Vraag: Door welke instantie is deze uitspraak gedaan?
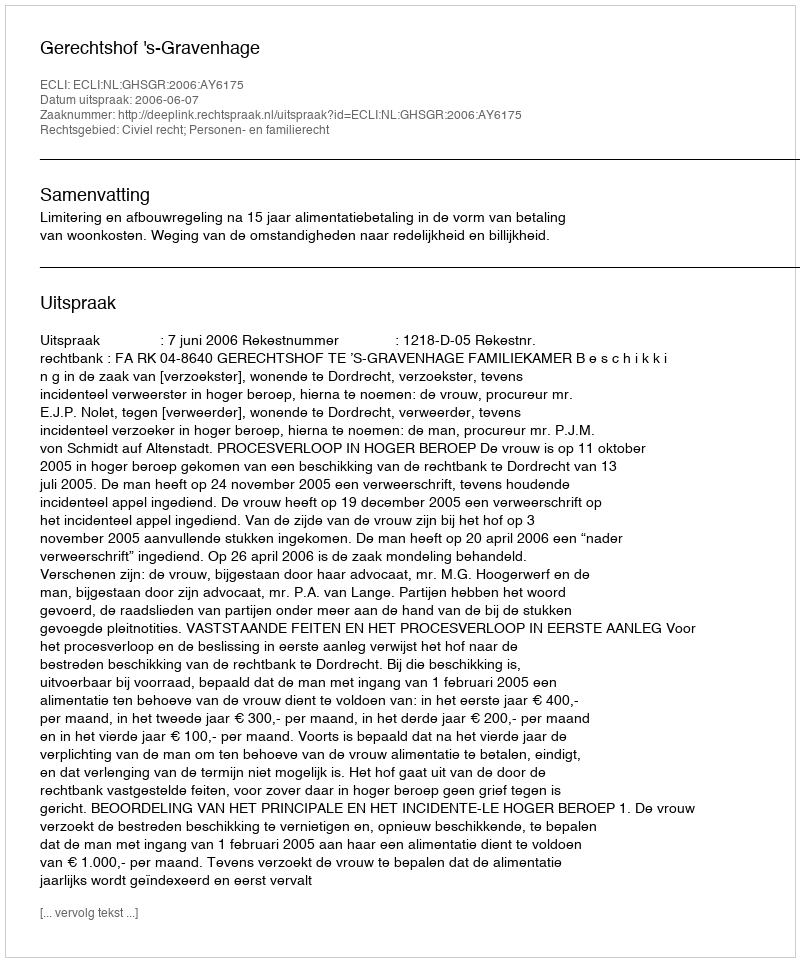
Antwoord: Gerechtshof 's-Gravenhage